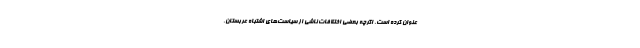
عنوان کرده است. اگرچه بعضی اختلافات ناشی از سیاست‌های اشتباه عربستان،